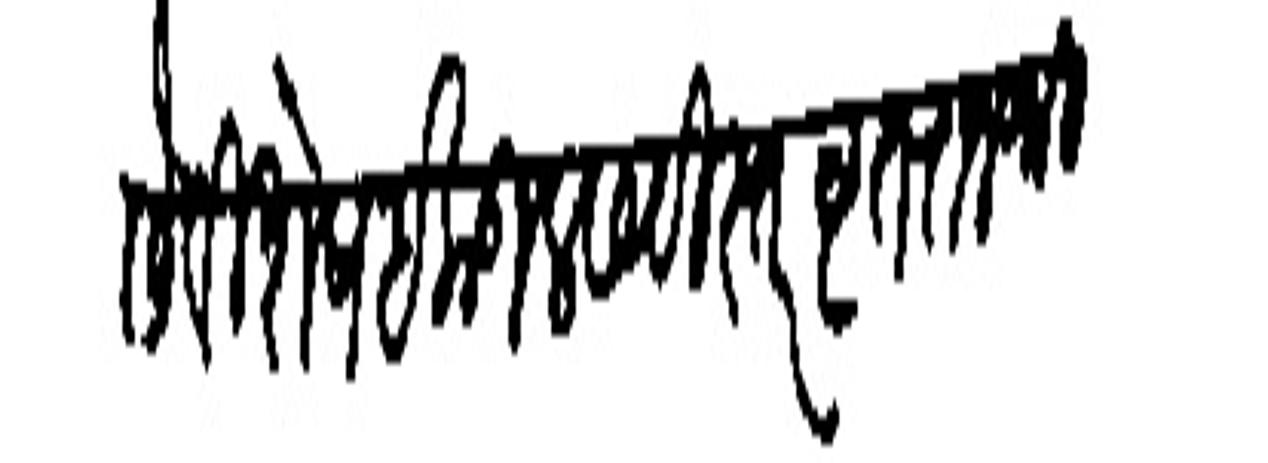
Transliteration (Devanagari): असे विशेष इकडील सविस्तर वृत्त राजश्री